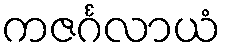
ကဇင်္ဂလာယံ